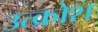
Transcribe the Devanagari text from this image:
उत्क्रोश